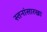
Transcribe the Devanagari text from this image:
स्तनांसारखा